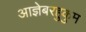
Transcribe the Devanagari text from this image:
आज्ञेबरहुकुम